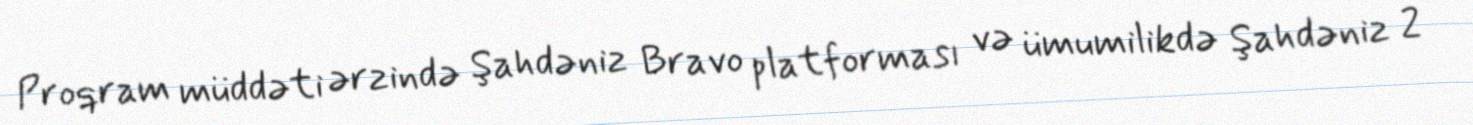
Proqram müddəti ərzində Şahdəniz Bravo platforması və ümumilikdə Şahdəniz 2